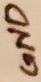
Text: GND